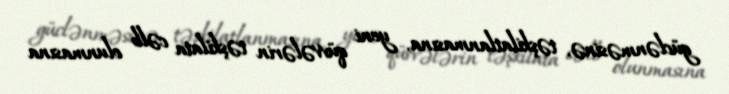
güclənməsinə, təşkilatlanmasına, yeni qüvvələrin təşkilata cəlb olunmasına